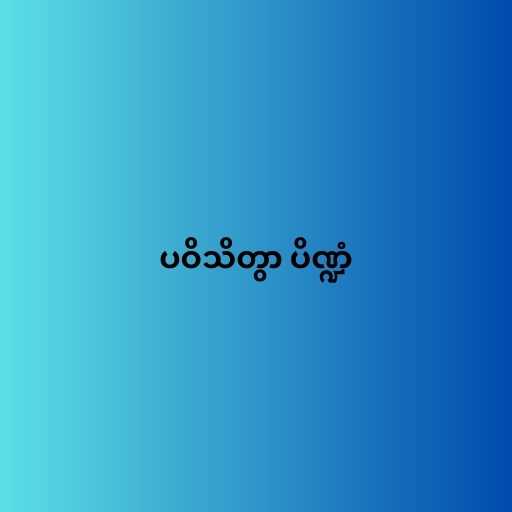
ပဝိသိတွာ ပိဏ္ဍံ